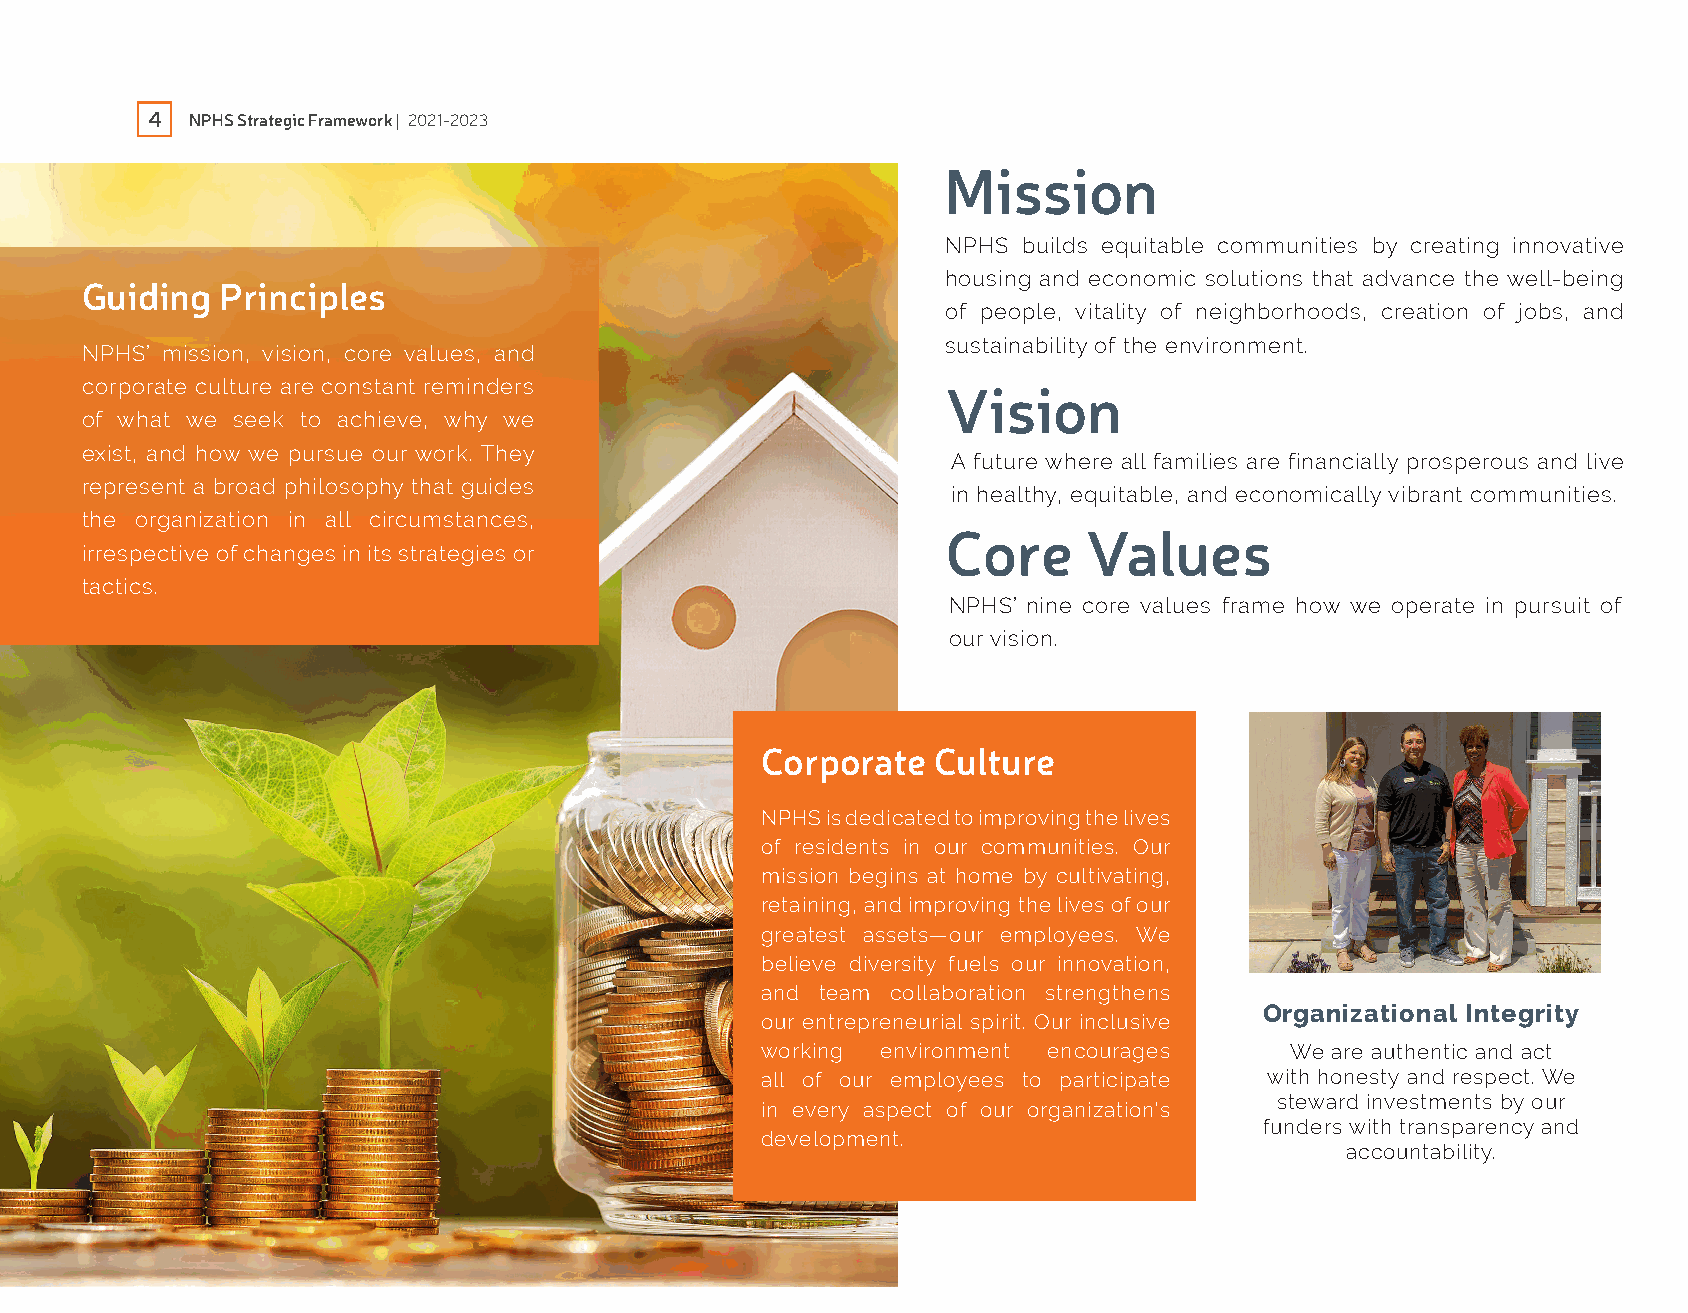
4  NPHS Strategic Framework | 2021-2023
 Mission
 NPHS builds equitable communities by creating innovative
 housing and economic solutions that advance the well-being
 Guiding   Principles
 of people, vitality of neighborhoods, creation of jobs, and
 sustainability of the environment.
 NPHS’ mission, vision, core values, and
 corporate culture are constant reminders
 Vision
 of what we seek to achieve, why we
 exist, and how we pursue our work. They
 A future where all families are financially prosperous and live
 represent a broad philosophy that guides
 in healthy, equitable, and economically vibrant communities.
 the organization in all circumstances,
 Core     Values
 irrespective of changes in its strategies or
 tactics.
 NPHS’ nine core values frame how we operate in pursuit of
 our vision.
 Corporate   Culture
 NPHS is dedicated to improving the lives
 of residents in our communities. Our
 mission begins at home by cultivating,
 retaining, and improving the lives of our
 greatest assets—our employees. We
 believe diversity fuels our innovation,
 and team collaboration strengthens
 Organizational Integrity
 our entrepreneurial spirit. Our inclusive
 working environment encourages     We are authentic and act
 all of our employees to participate with honesty and respect. We
 steward investments by our
 in every aspect of our organization’s
 funders with transparency and
 development.
 accountability.